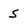
Character: 5